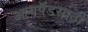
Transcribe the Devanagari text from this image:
आयपॅडसाठी